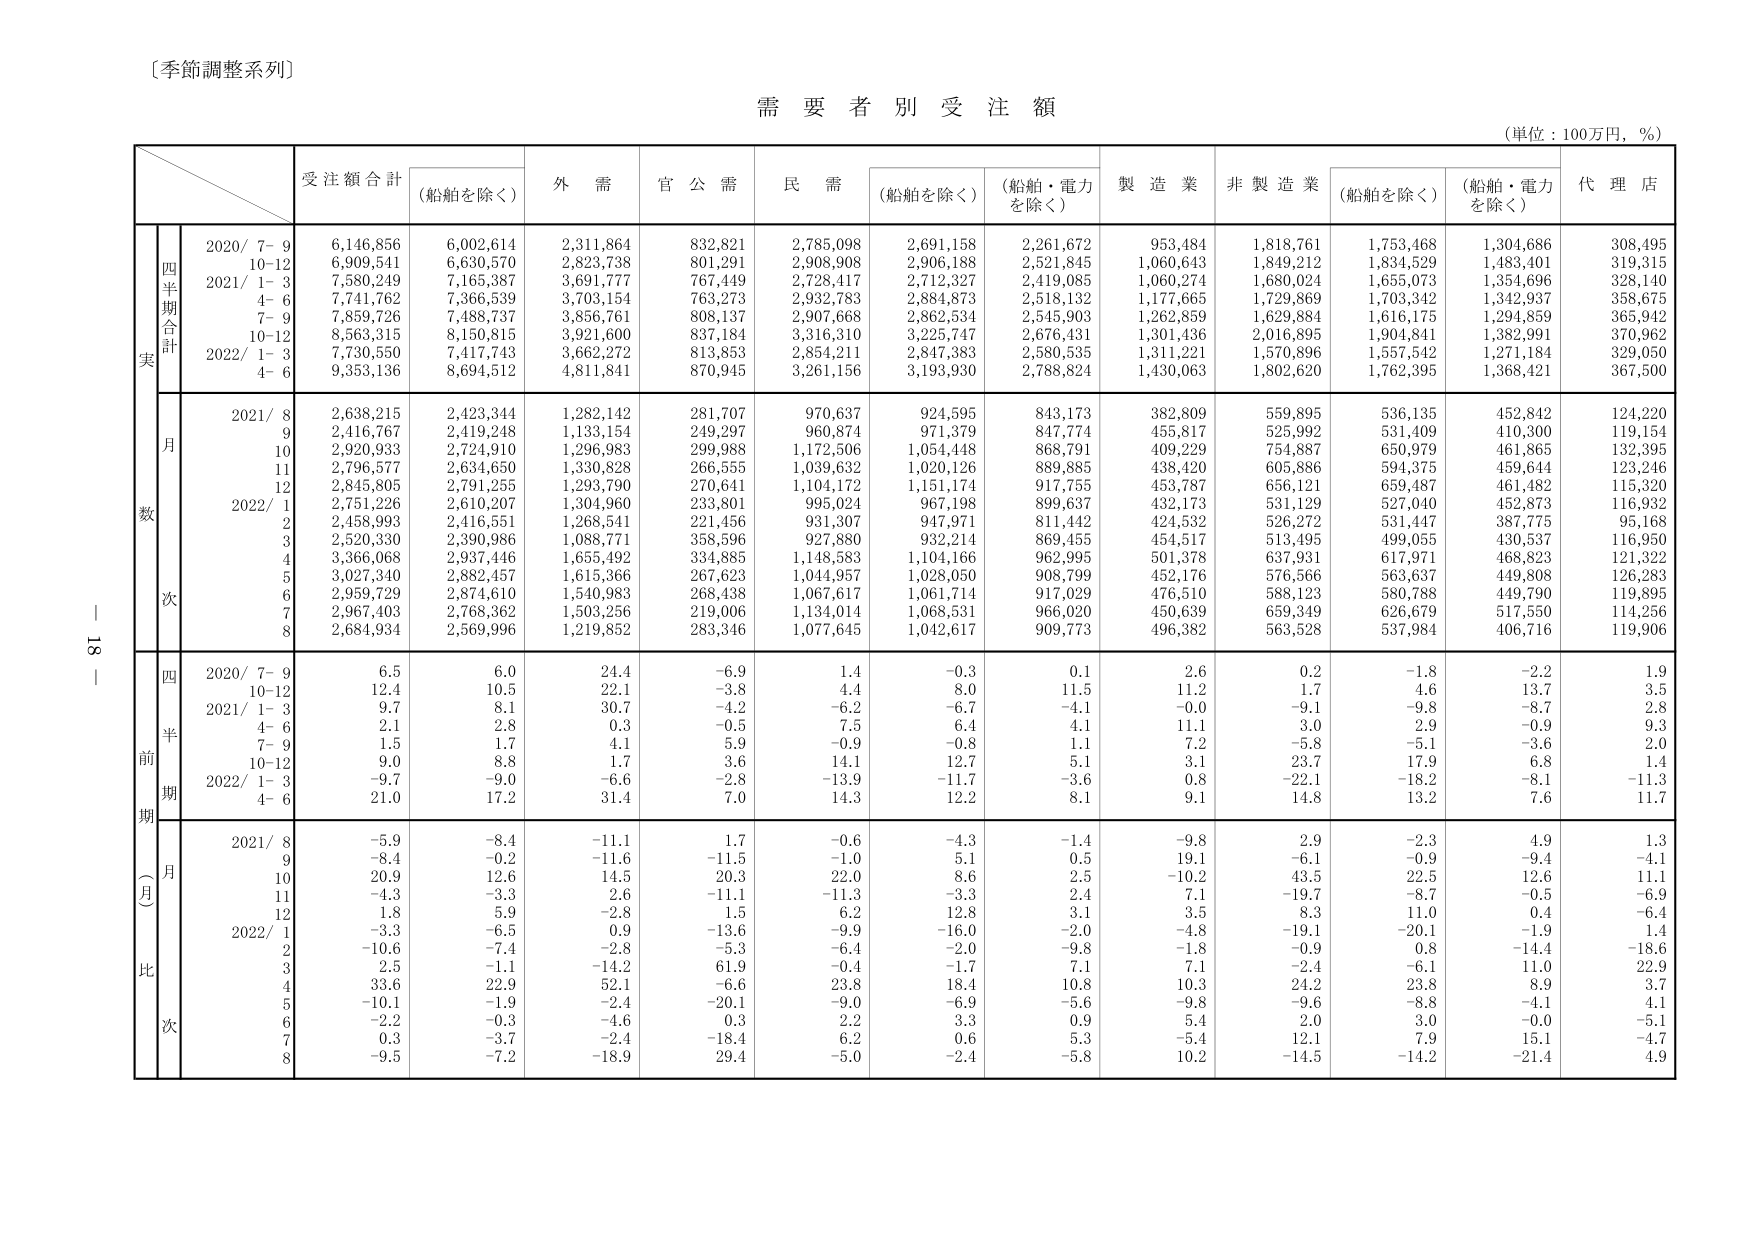
〔季節調整系列〕

需要者別受注額

（単位：100万円，％）

受注額合計　（船舶を除く）　外需　官公需　民需　（船舶を除く）　（船舶・電力を除く）　製造業　非製造業　（船舶を除く）　（船舶・電力を除く）　代理店

四半期合計
実数
2020/ 7- 9　6,146,856　6,002,614　2,311,864　832,821　2,785,098　2,691,158　2,261,672　953,484　1,818,761　1,753,468　1,304,686　308,495
10-12　6,909,541　6,630,570　2,823,738　801,291　2,908,908　2,906,188　2,521,845　1,060,643　1,849,212　1,834,529　1,483,401　319,315
2021/ 1- 3　7,580,249　7,165,387　3,691,777　767,449　2,728,417　2,712,327　2,419,085　1,060,274　1,680,024　1,655,073　1,354,696　328,140
4- 6　7,741,762　7,366,539　3,703,154　763,273　2,932,783　2,884,873　2,518,132　1,177,665　1,729,869　1,703,342　1,342,937　358,675
7- 9　7,859,726　7,488,737　3,856,761　808,137　2,907,668　2,862,534　2,545,903　1,262,859　1,629,884　1,616,175　1,294,859　365,942
10-12　8,563,315　8,150,815　3,921,600　837,184　3,316,310　3,225,747　2,676,431　1,301,436　2,016,895　1,904,841　1,382,991　370,962
2022/ 1- 3　7,730,550　7,417,743　3,662,272　813,853　2,854,211　2,847,383　2,580,535　1,311,221　1,570,896　1,557,542　1,271,184　329,050
4- 6　9,353,136　8,694,512　4,811,841　870,945　3,261,156　3,193,930　2,788,824　1,430,063　1,802,620　1,762,395　1,368,421　367,500

月次
2021/ 8　2,638,215　2,423,344　1,282,142　281,707　970,637　924,595　843,173　382,809　559,895　536,135　452,842　124,220
9　2,416,767　2,419,248　1,133,154　249,297　960,874　971,379　847,774　455,817　525,992　531,409　410,300　119,154
10　2,920,933　2,724,910　1,296,983　299,988　1,172,506　1,054,448　868,791　409,229　754,887　650,979　461,865　132,395
11　2,796,577　2,634,650　1,330,828　266,555　1,039,632　1,020,126　889,885　438,420　605,886　594,375　459,644　123,246
12　2,845,805　2,791,255　1,293,790　270,641　1,104,172　1,151,174　917,755　453,787　656,121　659,487　461,482　115,320
2022/ 1　2,751,226　2,610,207　1,304,960　233,801　995,024　967,198　899,637　432,173　531,129　527,040　452,873　116,932
2　2,458,993　2,416,551　1,268,541　221,456　931,307　947,971　811,442　424,532　526,272　531,447　387,775　95,168
3　2,520,330　2,390,986　1,088,771　358,596　927,880　932,214　869,455　454,517　513,495　499,055　430,537　116,950
4　3,366,068　2,937,446　1,655,492　334,885　1,148,583　1,104,166　962,995　501,378　637,931　617,971　468,823　121,322
5　3,027,340　2,882,457　1,615,366　267,623　1,044,957　1,028,050　908,799　452,176　576,566　563,637　449,808　126,283
6　2,959,729　2,874,610　1,540,983　268,438　1,067,617　1,061,714　917,029　476,510　588,123　580,788　449,790　119,895
7　2,967,403　2,768,362　1,503,256　219,006　1,134,014　1,068,531　966,020　450,639　659,349　626,679　517,550　114,256
8　2,684,934　2,569,996　1,219,852　283,346　1,077,645　1,042,617　909,773　496,382　563,528　537,984　406,716　119,906

前期（四半期）比
2020/ 7- 9　6.5　6.0　22.4　-6.9　1.4　-0.3　0.1　2.6　0.2　-1.8　-2.2　1.9
10-12　12.4　10.5　22.1　-3.8　4.4　8.0　11.5　11.2　1.7　4.6　13.7　3.5
2021/ 1- 3　9.7　8.1　30.7　-4.2　-6.2　-6.7　-4.1　-0.0　-9.1　-9.8　-8.7　2.8
4- 6　2.1　2.8　0.3　-0.5　7.5　6.4　4.1　11.1　3.0　2.9　-0.9　9.3
7- 9　1.5　1.7　4.1　5.9　-0.9　-0.8　1.1　7.2　-5.8　-5.1　-3.6　2.0
10-12　9.0　8.8　1.7　3.6　14.1　12.7　5.1　3.1　23.7　17.9　6.8　1.4
2022/ 1- 3　-9.7　-9.0　-6.6　-2.8　-13.9　-11.7　-3.6　0.8　-22.1　-18.2　-8.1　-11.3
4- 6　21.0　17.2　31.4　7.0　14.3　12.2　8.1　9.1　14.8　13.2　7.6　11.7

前期（月）比
2021/ 8　-5.9　-8.4　-11.1　1.7　-0.6　-4.3　-1.4　-9.8　2.9　-2.3　4.9　1.3
9　-8.4　-0.2　-11.6　-11.5　-1.0　5.1　0.5　19.1　-6.1　-0.9　-9.4　-4.1
10　20.9　12.6　14.5　20.3　22.0　8.6　2.5　-10.2　43.5　22.5　12.6　11.1
11　-4.3　-3.3　2.6　-11.1　-11.3　-3.3　2.4　7.1　-19.7　-8.7　-0.5　-6.9
12　1.8　5.9　-2.8　1.5　6.2　12.8　3.1　3.5　8.3　11.0　0.4　-6.4
2022/ 1　-3.3　-6.5　0.9　-13.6　-9.9　-16.0　-2.0　-4.8　-19.1　-20.1　-1.9　1.4
2　-10.6　-7.4　-2.8　-5.3　-6.4　-2.0　-9.8　-1.8　-0.9　0.8　-14.4　-18.6
3　2.5　-1.1　-14.2　61.9　-0.4　-1.7　7.1　7.1　-2.4　-6.1　11.0　22.9
4　33.6　22.9　52.1　-6.6　23.8　18.4　10.8　10.3　24.2　23.8　8.9　3.7
5　-10.1　-1.9　-2.4　-20.1　-9.0　-6.9　-5.6　-9.8　-9.6　-8.8　-4.1　4.1
6　-2.2　-0.3　-4.6　0.3　2.2　3.3　0.9　5.4　2.0　3.0　-0.0　-5.1
7　0.3　-3.7　-2.4　-18.4　6.2　0.6　5.3　-5.4　12.1　7.9　15.1　-4.7
8　-9.5　-7.2　-18.9　29.4　-5.0　-2.4　-5.8　10.2　-14.5　-14.2　-21.4　4.9